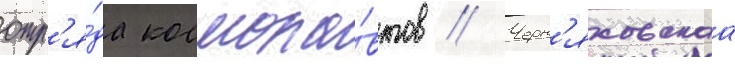
отр'я́да космона́втов // Черн'яховскаа